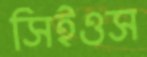
সিইওস